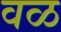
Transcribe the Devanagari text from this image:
वळ